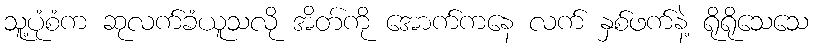
သူ့ပုံစံက ဆုလက်ခံယူသလို အိတ်ကို အောက်ကနေ လက် နှစ်ဖက်နဲ့ ရိုရိုသေသေ